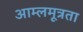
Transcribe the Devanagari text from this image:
आम्लमूत्रता